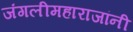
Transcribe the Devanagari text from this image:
जंगलीमहाराजांनी